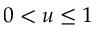
0 < u \leq 1